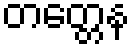
တတ္တေန